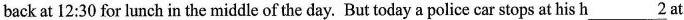
back at 12:30 for lunch in the middle of the day. But today a police car stops at his h\underline{2} at